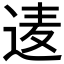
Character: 𮞒